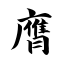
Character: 膺